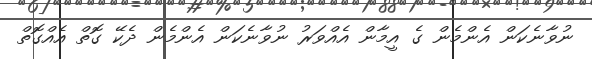
ނުވާނެކަން އެންމެން ގެ އީމާން އެއްވަރު ނުވާނެކަން އެންމެން ދެކޭ ގޮތް އެއްގޮތް